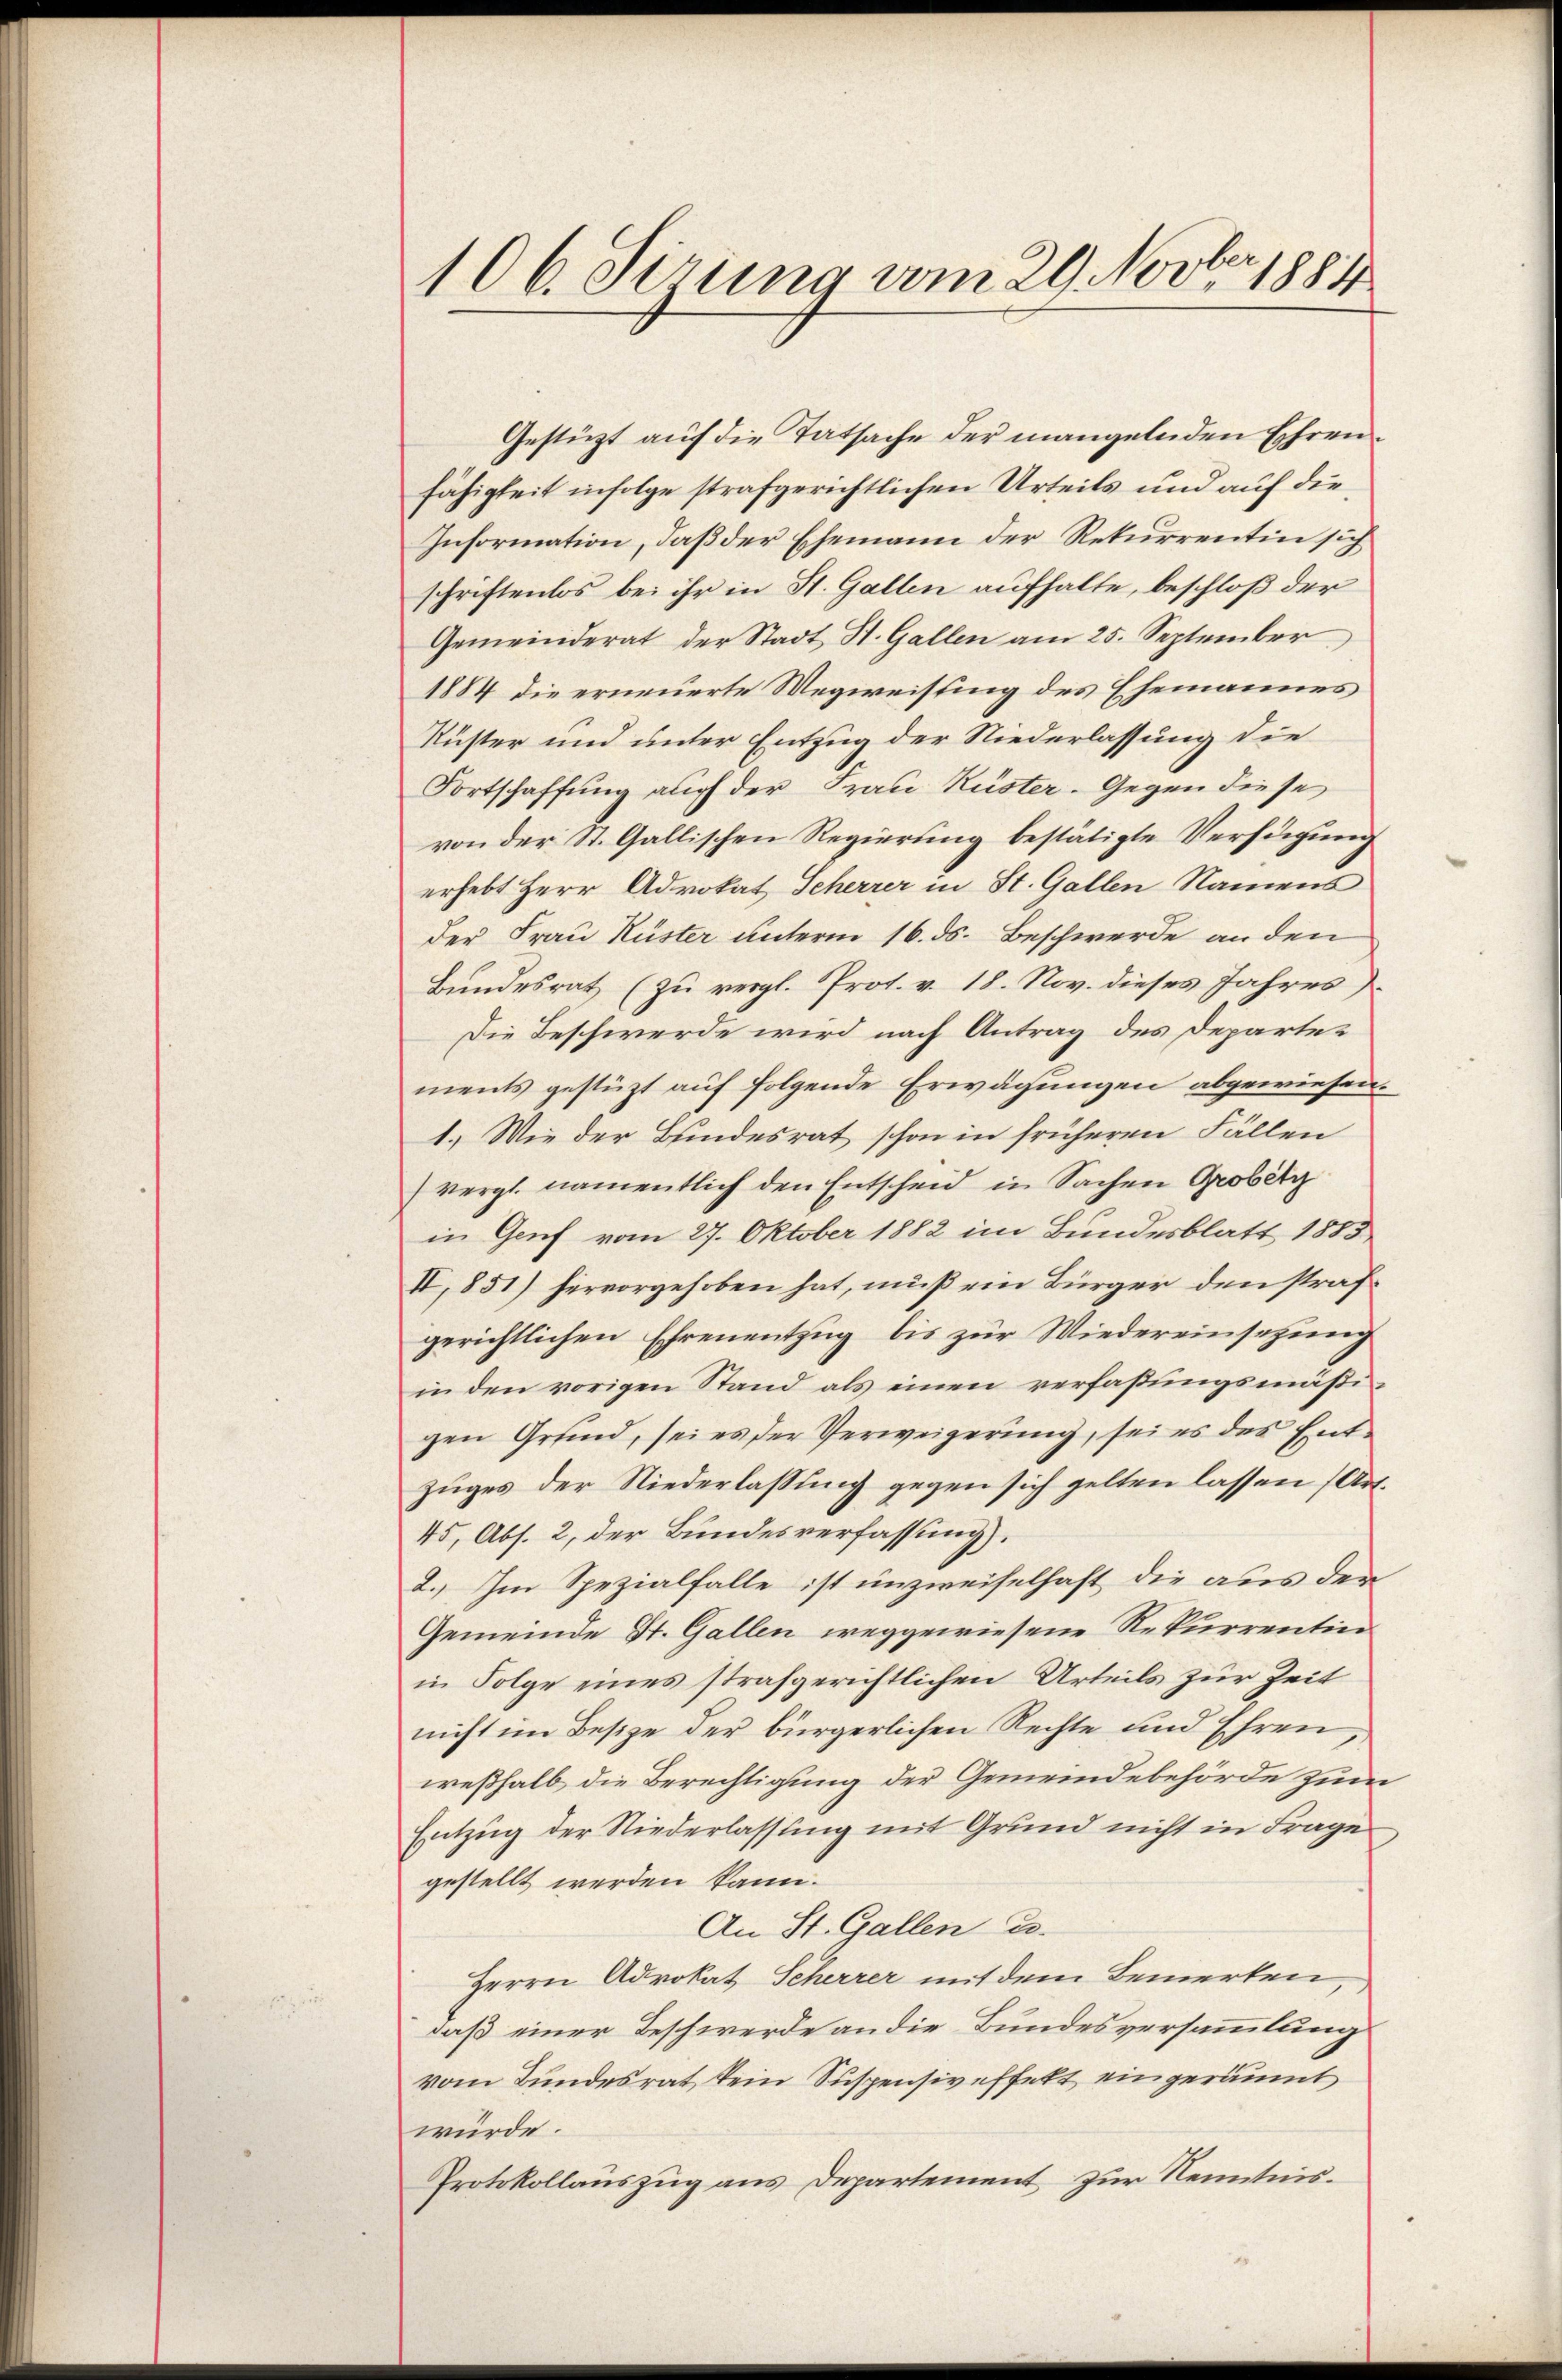
106. Sirung vom 29. Novber 1881

Gestützt auf die Tatsache der mangelnden Ehrenfähigkeit infolge strafgerichtlichen Urteils und auf die
Information, daß der Ehemann der Rekurrentin sich
schriftenlos bei ihr in St. Gallen aufhalte, beschloß der
Gemeinderat der Stadt St. Gallen am 25. September
1884 die erneuerte Wegweisung des Ehemannes
Rüster und unter Entzug der Niederlassung die
Fortschaffung auch der Frau Küster. Gegen diese
von der St. Gallischen Regierung bestätigte Verfügung
erhebt Herr Advokat Scherrer in St. Gallen Namens
der Frau Küster unterm 16. ds. Beschwerde an den
Bundesrat (zu vergl. Prot. v. 18. Nov. dieses Jahres
Die Beschwerde wird nach Antrag des Departements gestüzt auf folgende Erwägungen abgewiesen.
1.) Wie der Bundesrat schon in früheren Fällen
(vergl. namentlich den Entscheid in Sachen Grobitz
in Genf vom 27. Oktober 1882 im Bundesblatt 1883
IV, 851) hervorgehoben hat, muß ein Bürger den strafgerichtlichen Ehrenentzug, bis zur Wiedereinsetzung
in den vorigen Stand als einen verfassungsmäßigen Grund, sei es der Verweigerung, sei es des Entzuges der Niederlassung gegen sich gelten lassen (Art.
45, Abs. 2, der Bundesverfassung).
2.) Im Spezialfalle ist unzweifelhaft die aus der
Gemeinde St. Gallen weggewiesene Rekurrentinn
in Folge eines strafgerichtlichen Urteils zur Zeit
nicht im Besize der bürgerlichen Rechte und Ehren
weßhalb die Berechtigung der Gemeindebehörde zum
Entzug der Niederlassung mit Grund nicht in Frage
gestellt werden kann.
An St. Gallen e
Herrn Advokat Scherrer mit dem Bemerken,
daß einer Beschwerde an die Bundesversammlung
vom Bundesrat kein Suspensiveffelt eingeräumt
würde.
Protokollauszug aus Departement zur Kenntnis¬